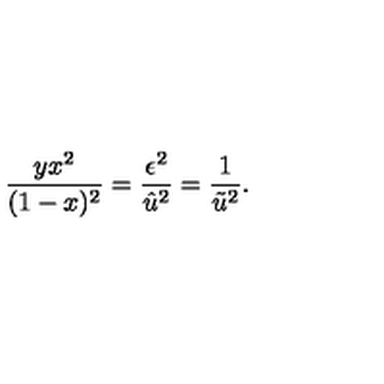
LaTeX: \frac { y x ^ { 2 } } { ( 1 - x ) ^ { 2 } } = \frac { \epsilon ^ { 2 } } { \hat { u } ^ { 2 } } = \frac { 1 } { \tilde { u } ^ { 2 } } .